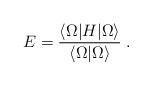
LaTeX: \begin{align*}E=\frac {\langle \Omega | H | \Omega \rangle} {\langle \Omega | \Omega \rangle} \; .\end{align*}